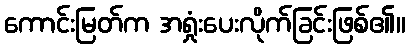
ကောင်းမြတ်က အရှုံးပေးလိုက်ခြင်းဖြစ်၏။